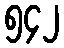
၅၄၂